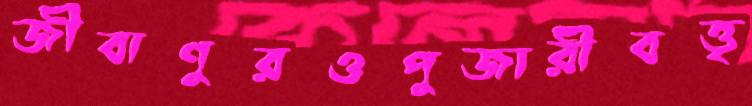
জীবাণুরওপুজারীবত্তৃ